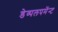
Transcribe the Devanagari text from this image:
डेव्पलपमेंन्ट